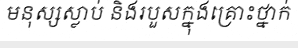
មនុស្សស្លាប់ និងរបួសក្នុងគ្រោះថ្នាក់